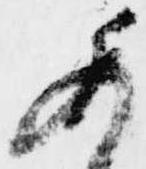
委